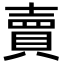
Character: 賣